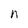
Character: n